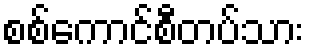
စစ်ကောင်စီတပ်သား